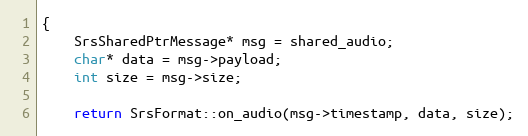
Language: C++
{
    SrsSharedPtrMessage* msg = shared_audio;
    char* data = msg->payload;
    int size = msg->size;

    return SrsFormat::on_audio(msg->timestamp, data, size);